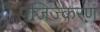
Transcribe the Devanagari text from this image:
पंजिज्करण